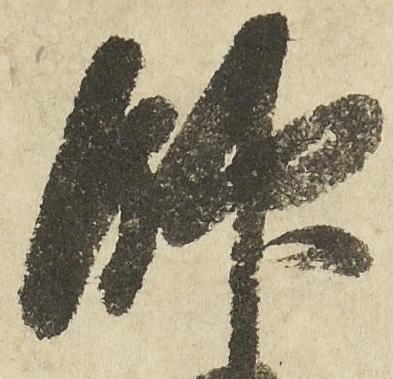
帥